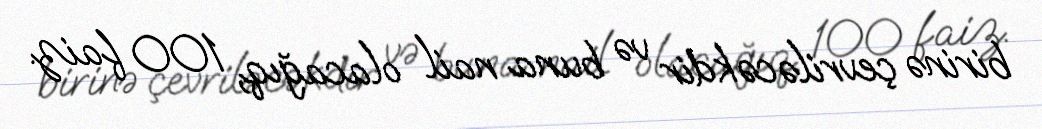
birinə çevriləcəkdir və buna nail olacağıq, 100 faiz.